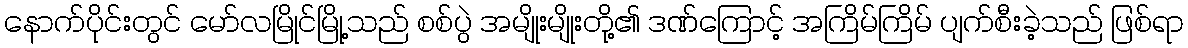
နောက်ပိုင်းတွင် မော်လမြိုင်မြို့သည် စစ်ပွဲ အမျိုးမျိုးတို့၏ ဒဏ်ကြောင့် အကြိမ်ကြိမ် ပျက်စီးခဲ့သည် ဖြစ်ရာ